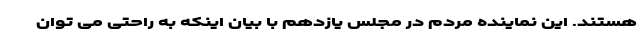
هستند. این نماینده مردم در مجلس یازدهم با بیان اینکه به راحتی می توان